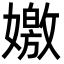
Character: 嬓